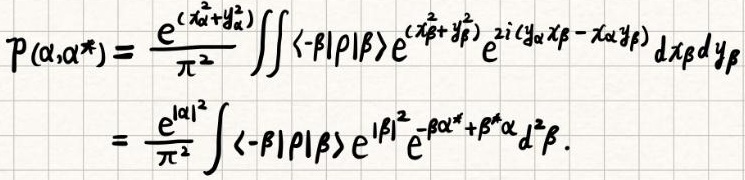
\[
\begin{align*}
P(\alpha,\alpha^*)&=\frac{e^{(\chi_{\alpha}^2 + y_{\alpha}^2)}}{\pi^2}\iint\langle -\beta|\rho|\beta\rangle e^{(\chi_{\beta}^2 + y_{\beta}^2)}e^{2i(y_{\alpha}\chi_{\beta}-x_{\alpha}y_{\beta})}d\chi_{\beta}dy_{\beta}\\
&=\frac{e^{|\alpha|^2}}{\pi^2}\int\langle -\beta|\rho|\beta\rangle e^{|\beta|^2}e^{-\beta\alpha^*+\beta^*\alpha}d^2\beta.
\end{align*}
\]